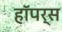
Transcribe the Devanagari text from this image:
हॉपर्स